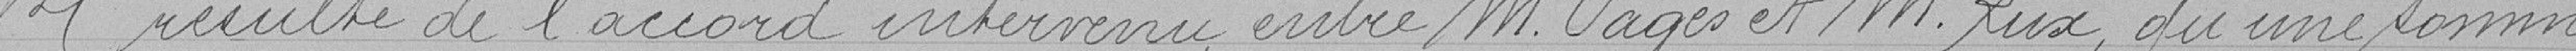
Il résulte de l'accord intervenu entre M. Pagès et M. Rux, qu'une somme